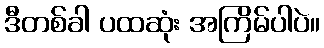
ဒီတစ်ခါ ပထဆုံး အကြိမ်ပါပဲ။